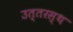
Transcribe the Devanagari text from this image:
उत्तरस्थ